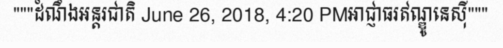
"""ដំណឹងអន្តរជាតិ June 26, 2018, 4:20 PMអាជ្ញាធរឥណ្ឌូនេស៊ី"""